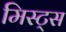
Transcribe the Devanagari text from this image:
मिस्ट्स